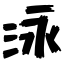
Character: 泳